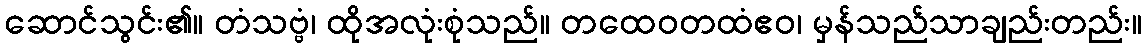
ဆောင်သွင်း၏။ တံသဗ္ဗံ၊ ထိုအလုံးစုံသည်။ တထေဝတထံဧဝ၊ မှန်သည်သာချည်းတည်း။